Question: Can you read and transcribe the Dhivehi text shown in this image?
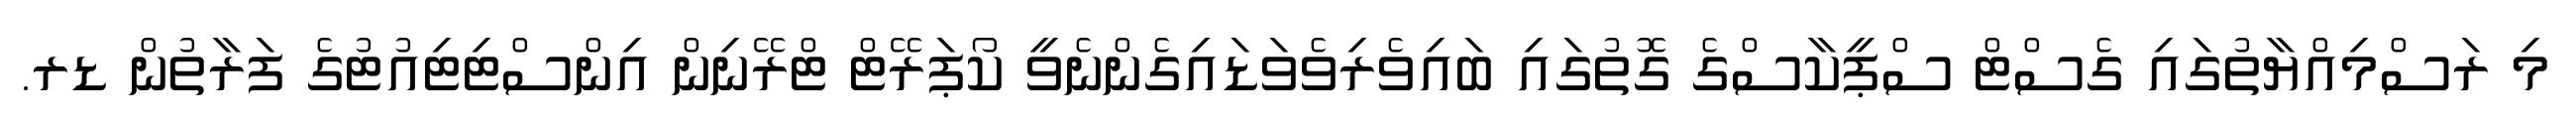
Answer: މި ރަސްމިއްޔާތުގައި ގެސްޓް ސްޕީކާސްގެ ގޮތުގައި ބައިވެރިވެވަޑައިގެންނެވީ ކޯޕަރޭޓް ޓްރޭނިން އިންސްޓިޓިއުޓުގެ ފަރާތުން ޑރ.